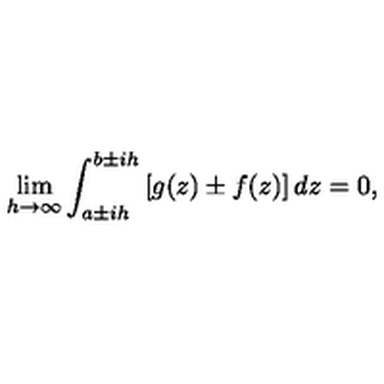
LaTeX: \lim _ { h \to \infty } \int _ { a \pm i h } ^ { b \pm i h } { \left[ g ( z ) \pm f ( z ) \right] d z } = 0 ,